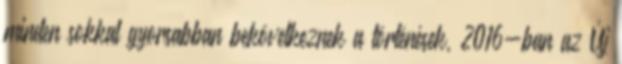
minden sokkal gyorsabban bekövetkeznek a történések, 2016-ban az Új